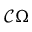
{ \mathcal { C } } \Omega